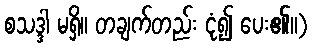
စသဒ္ဒါ မရှိ။ တချက်တည်း ငုံ၍ ပေး၏။)